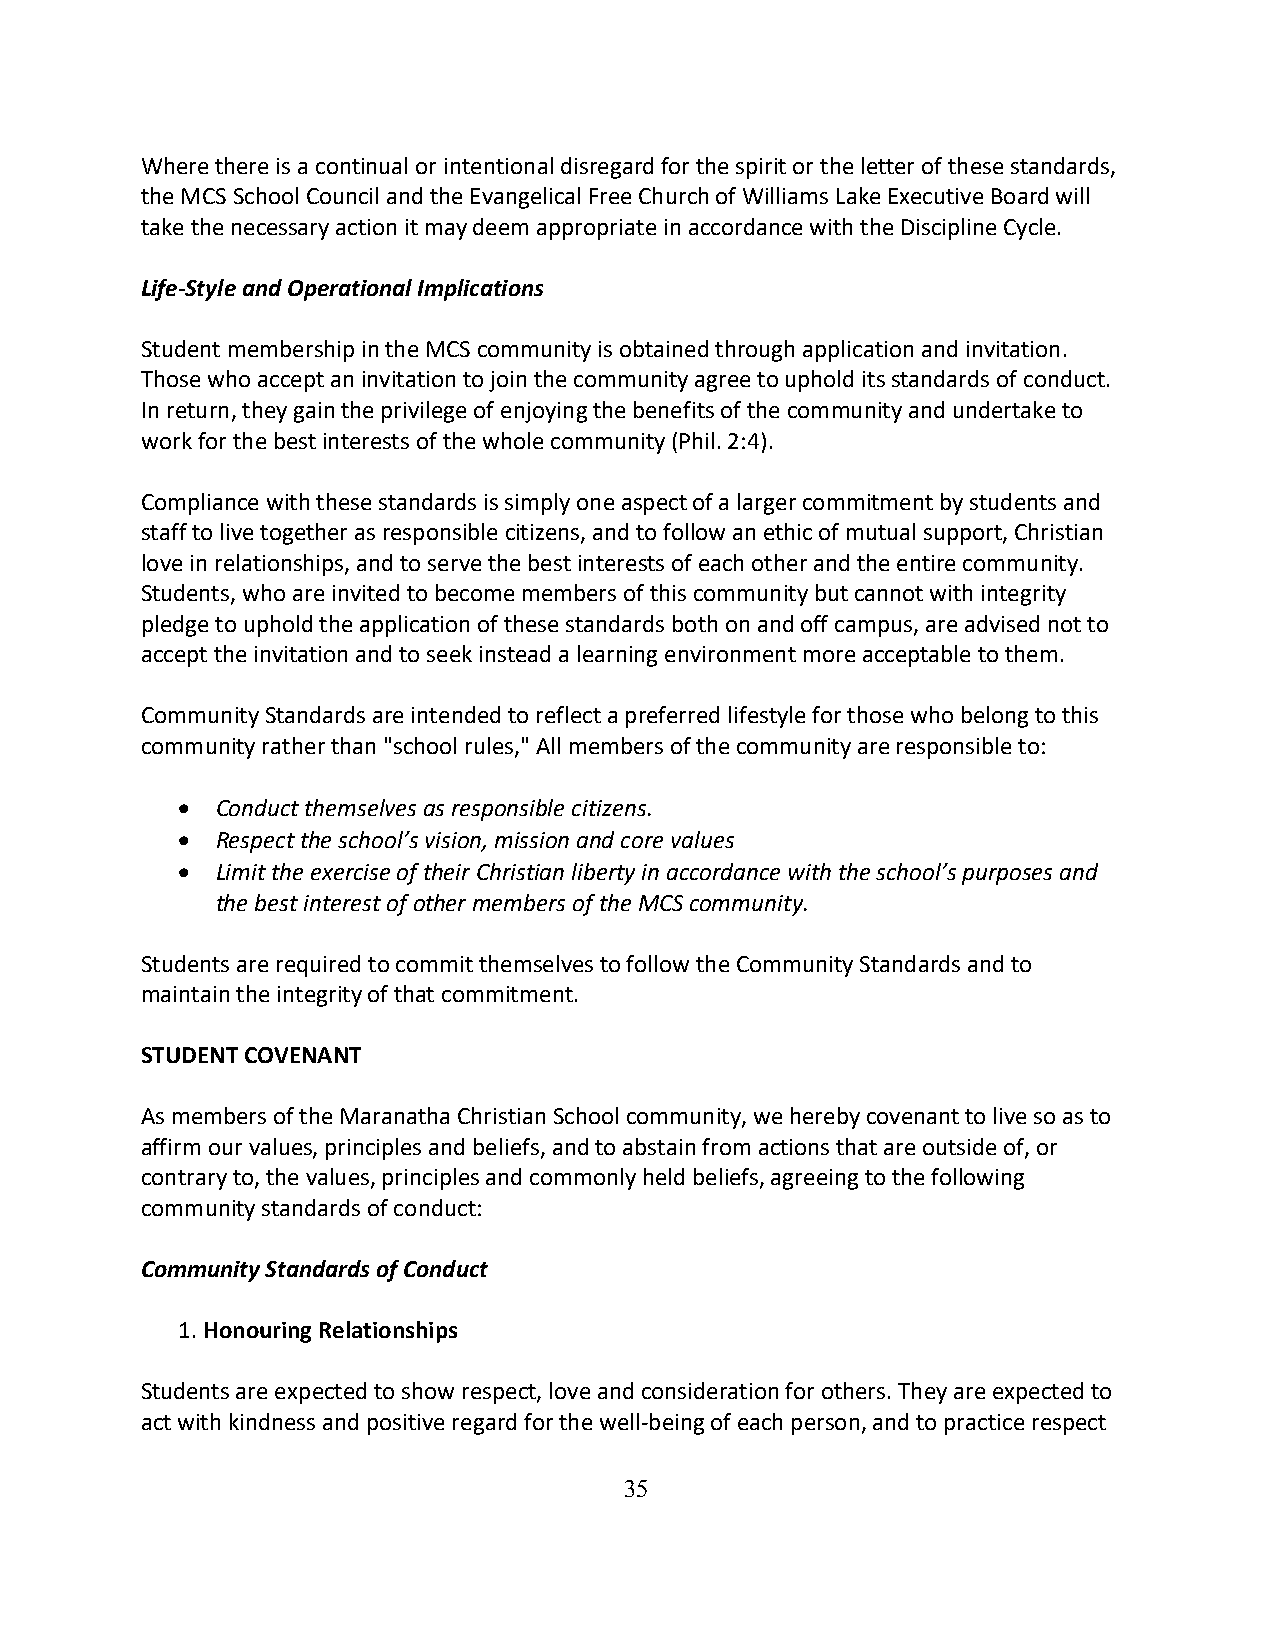
Where there is a continual or intentional disregard for the spirit or the letter of these standards,
 the MCS School Council and the Evangelical Free Church of Williams Lake Executive Board will
 take the necessary action it may deem appropriate in accordance with the Discipline Cycle.
 Life-Style and Operational Implications
 Student membership in the MCS community is obtained through application and invitation.
 Those who accept an invitation to join the community agree to uphold its standards of conduct.
 In return, they gain the privilege of enjoying the benefits of the community and undertake to
 work for the best interests of the whole community (Phil. 2:4).
 Compliance with these standards is simply one aspect of a larger commitment by students and
 staff to live together as responsible citizens, and to follow an ethic of mutual support, Christian
 love in relationships, and to serve the best interests of each other and the entire community.
 Students, who are invited to become members of this community but cannot with integrity
 pledge to uphold the application of these standards both on and off campus, are advised not to
 accept the invitation and to seek instead a learning environment more acceptable to them.
 Community Standards are intended to reflect a preferred lifestyle for those who belong to this
 community rather than "school rules," All members of the community are responsible to:
 • Conduct themselves as responsible citizens.
 • Respect the school’s vision, mission and core values
 • Limit the exercise of their Christian liberty in accordance with the school’s purposes and
 the best interest of other members of the MCS community.
 Students are required to commit themselves to follow the Community Standards and to
 maintain the integrity of that commitment.
 STUDENT COVENANT
 As members of the Maranatha Christian School community, we hereby covenant to live so as to
 affirm our values, principles and beliefs, and to abstain from actions that are outside of, or
 contrary to, the values, principles and commonly held beliefs, agreeing to the following
 community standards of conduct:
 Community Standards of Conduct
 1. Honouring Relationships
 Students are expected to show respect, love and consideration for others. They are expected to
 act with kindness and positive regard for the well-being of each person, and to practice respect
 35